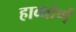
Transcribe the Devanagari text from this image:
हाव्थोर्ण